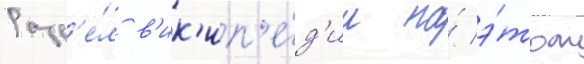
Разд'е́л в'ик'ип'е́д'ии на́ э́том